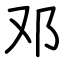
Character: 邓